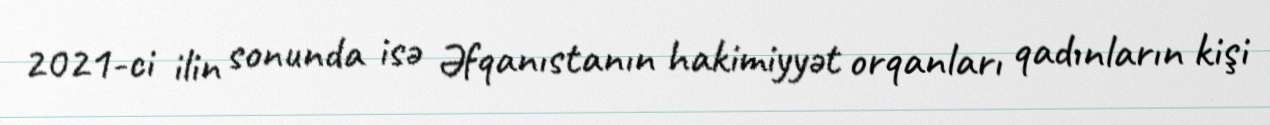
2021-ci ilin sonunda isə Əfqanıstanın hakimiyyət orqanları qadınların kişi